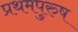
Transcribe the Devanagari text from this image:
प्रथमपुरुष